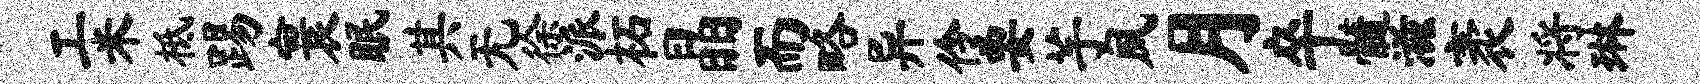
工米柢踢寰眠其无徐派柘晶而略异伶要芋夙月卒髓滋袤将琳